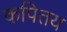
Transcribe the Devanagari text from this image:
कपितय